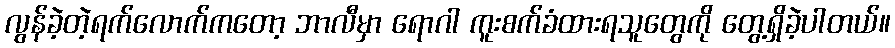
လွန်ခဲ့တဲ့ရက်လောက်ကတော့ ဘာလီမှာ ရောဂါ ကူးစက်ခံထားရသူတွေကို တွေ့ရှိခဲ့ပါတယ်။